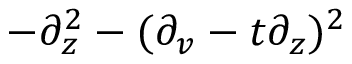
- \partial _ { z } ^ { 2 } - ( \partial _ { v } - t \partial _ { z } ) ^ { 2 }